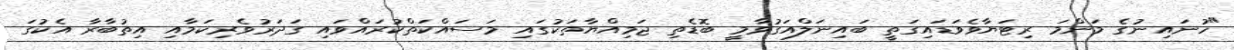
"ހުނައިނުގެ މަންމަ ރިޓަޔާވެވަޑައިގަތީ ބައިނަލްއަގުވާމީ ބޮޑެތި ޖަމިއްޔާތަކުގައި މަސައްކަތްކުރައްވައި ގަދަރުވެރިކަމާއި އިތުބާރާ އެކުގަ